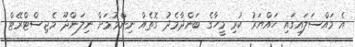
އެ މައްސަލައިގައި ހައްޔަރު ކުރި މީހާގެ ބަންދާމެދު ގޮތެއް ނިންމުމަށް ނިލަންދޫ މެޖިސްޓްރޭޓް